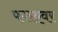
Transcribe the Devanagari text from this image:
फारएवर